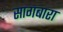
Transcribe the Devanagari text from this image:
सागबारा